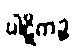
ပါဋိကဉ္စ